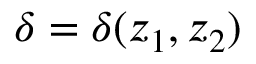
\delta = \delta ( z _ { 1 } , z _ { 2 } )